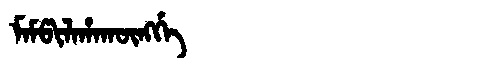
Manchu: ᠮᠠᠮᡦᡳᠯᠠᡥᠠᡴᡡᠩᡤᡝ
Romanization: MAMPILAHAKŪNGGE